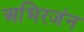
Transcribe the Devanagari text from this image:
अभिरजंन